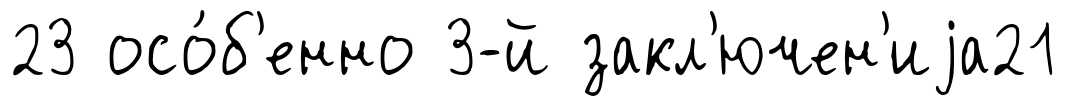
23 осо́б'енно 3-й закл'ючен'иjа21